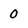
Character: 0